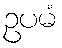
ဥပမံ